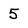
Character: 5